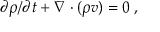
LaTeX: \partial \rho / \partial t + \nabla \cdot ( \rho v ) = 0 \; ,